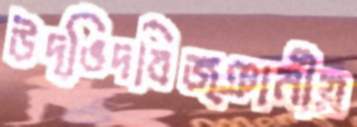
উদ্ভিদবিজ্ঞানীয়